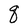
Character: q